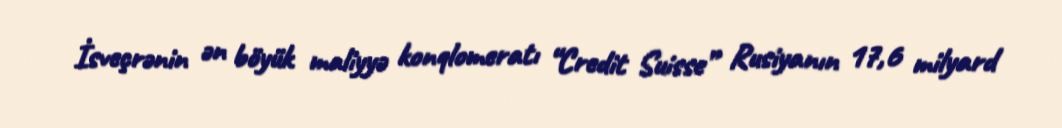
İsveçrənin ən böyük maliyyə konqlomeratı “Credit Suisse” Rusiyanın 17,6 milyard